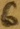
Text: 6